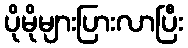
ပိုမိုများပြားလာပြီး